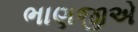
ભાણજીએ